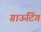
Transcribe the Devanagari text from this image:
ग्राऊटिंग